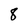
Character: 8